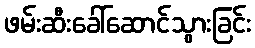
ဖမ်းဆီးခေါ်ဆောင်သွားခြင်း